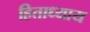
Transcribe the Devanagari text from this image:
हिताध्याय